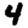
Digit: 4